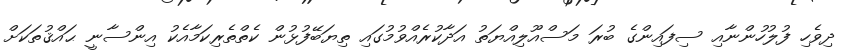
ދިވެހި ފުލުހުންނާއި ސިފައިންގެ ބުރަ މަސްއޫލިއްޔަތު އަދާކުރެއްވުމުގައި ތިޔަބޭފުޅުން ކެތްތެރިކަމާއެކު އިންސާނީ ޙައްޤުތަކަށް